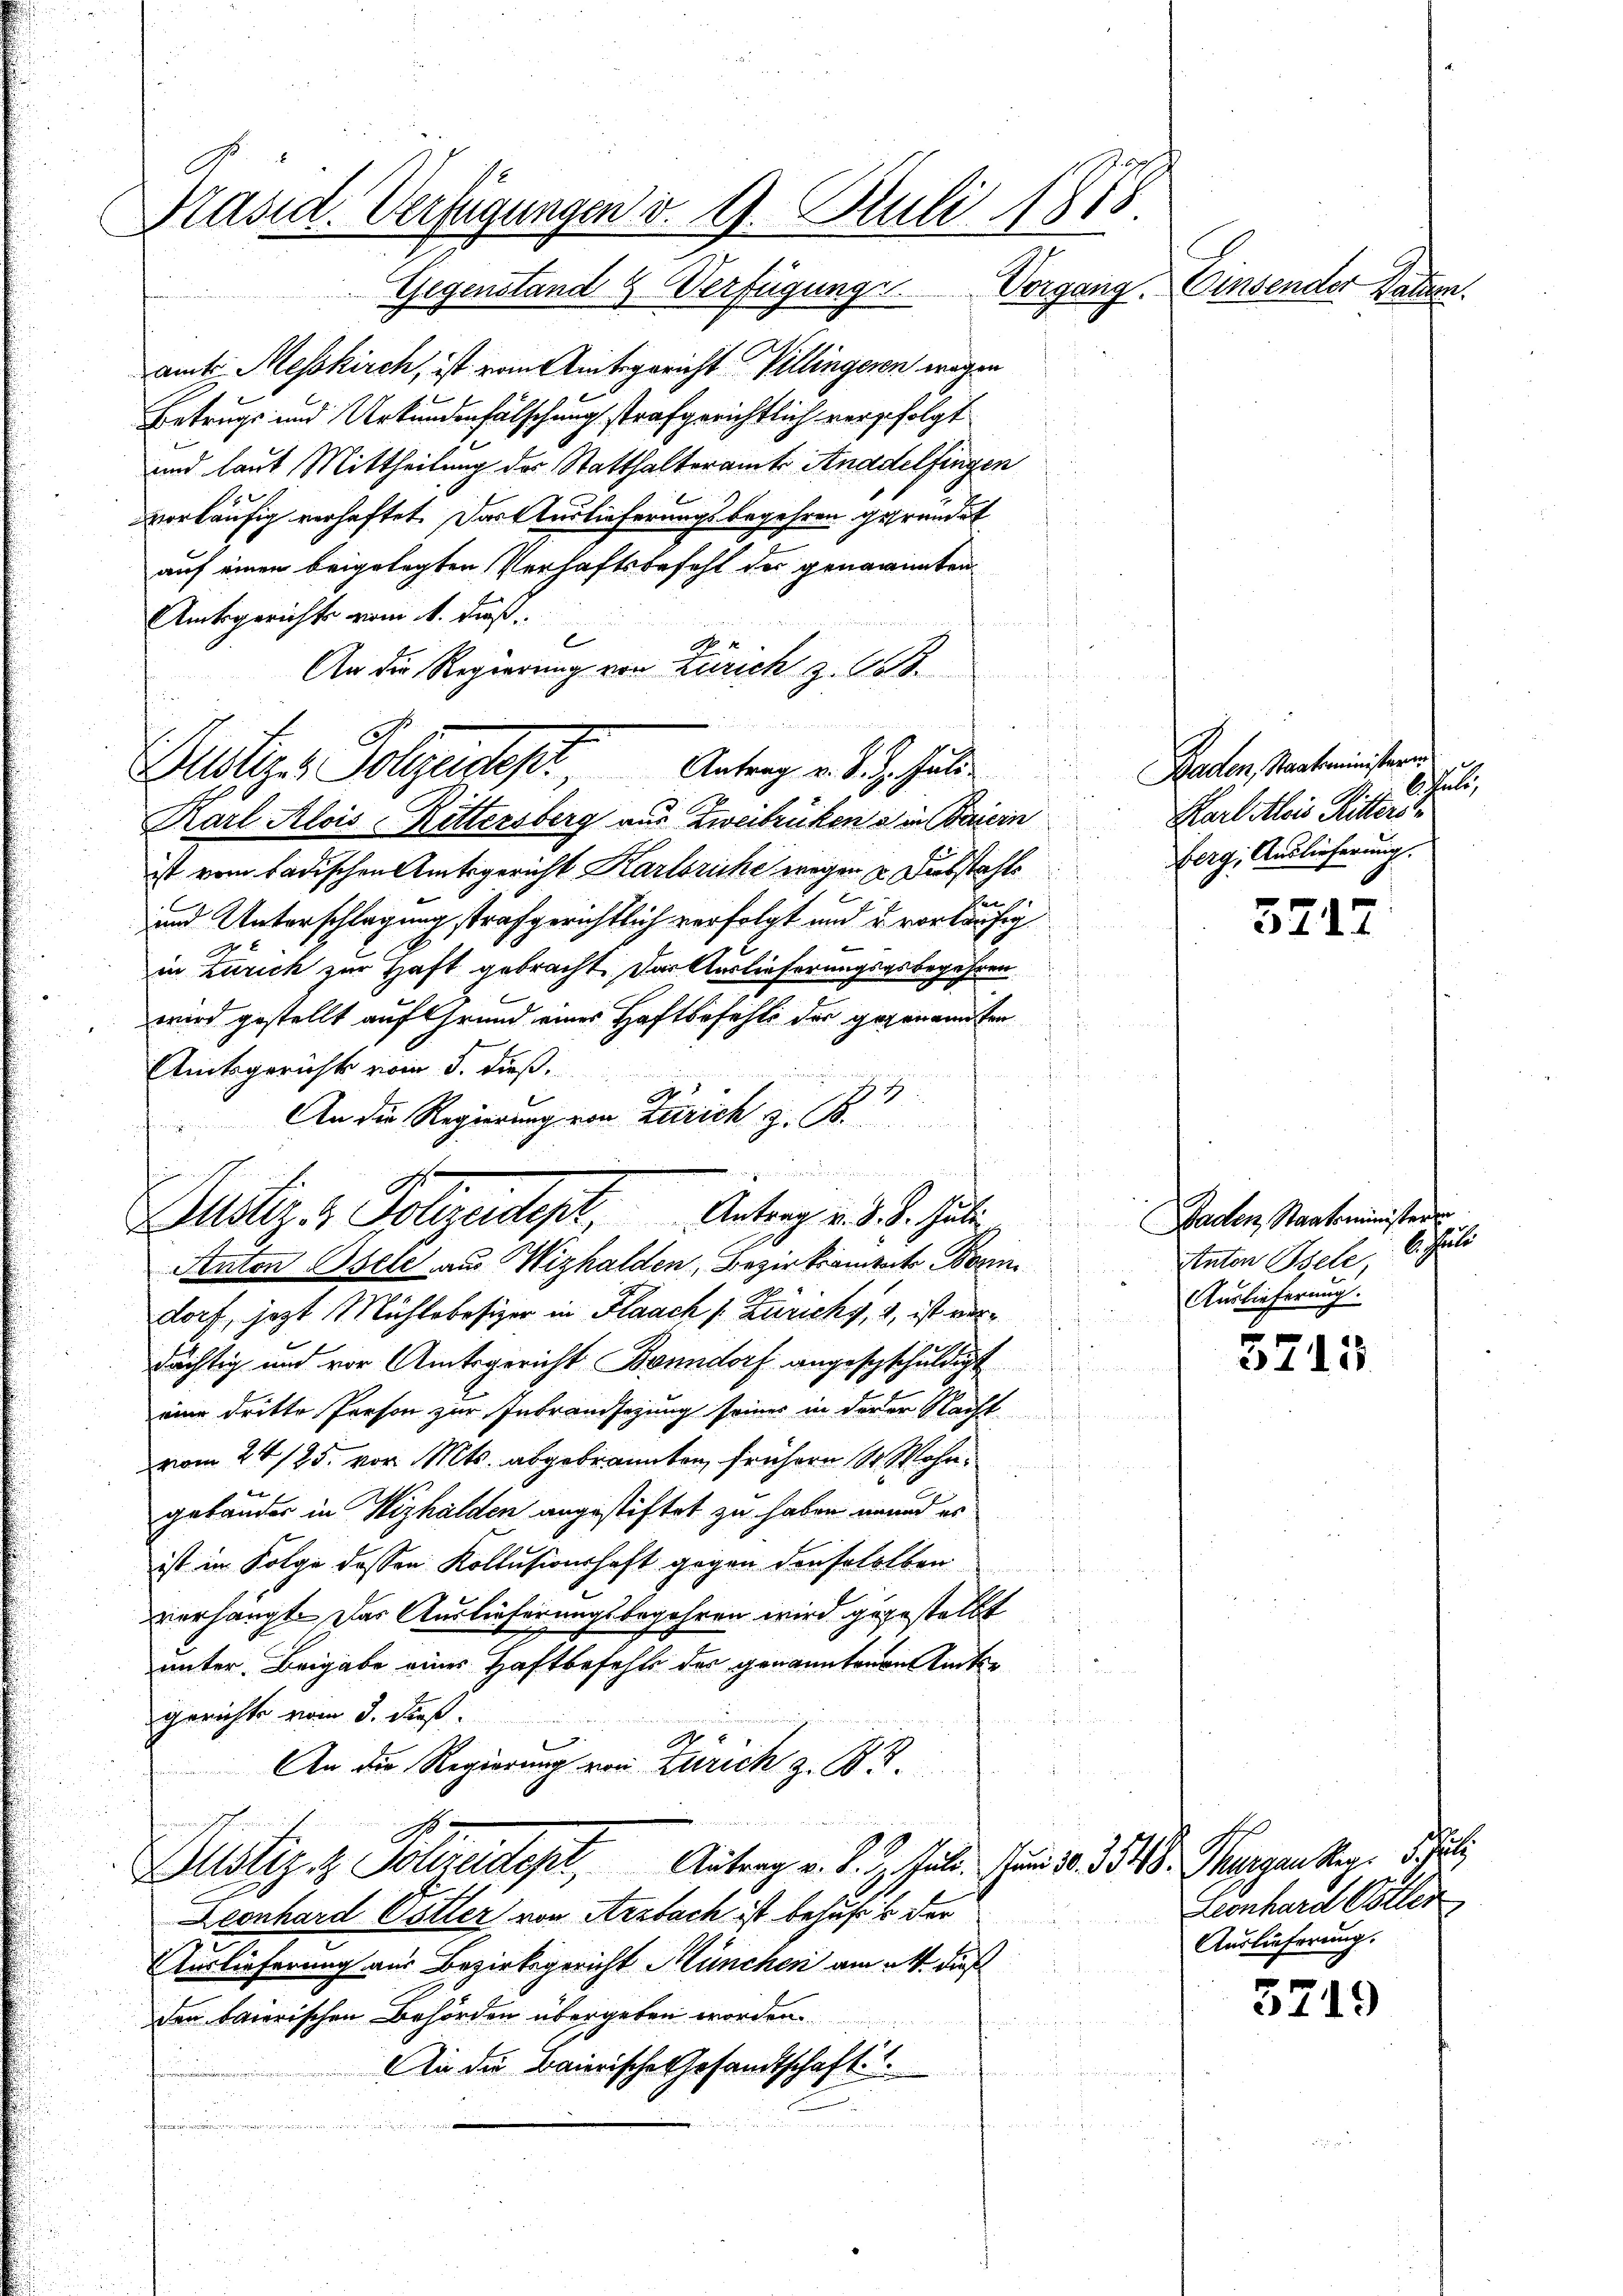
Präsid. Verfügungen v. 9. Juli 1878.

Gegenstand 8. Verfügungs
amt Messkirch, ist von Amtsgericht Villingern wegen
Betrugs und Urkundenfälschung strafgerichtlich verfolgt
und laut Mittheilung des Statthalteramt Anddelfingen
vorläufig verhaftet. Das Auslieferungsbegehren gegründet
auf einen beigelegten Verhaftsbefehl der genannten
Amtsgerichts vom 1. daß
f
E
s
An die Regierung von Zürich z. B.
de
2

Karl Alois Rittersberg aus Zweibrückens in Baiern
ist vom badischen Amtsgericht Karlsriche wegen u. Dubstahle
ten
und Unterschlagung strafgerichtlich verfolgt und u. vorläufig
in Zürich zur Haft gebracht. Das Auslieferungsarbegehren
wird gestellt auf Grund eines Haftbefehls der gegenanten
Amtsgerichts vom 5. dieß.
1
A
An die Regierung von Zürich z. B.
f
Anton Osele aus Wizhalden, Bezirksamtete Born
dorf, jetzt Mühlebesizer in Flaach s. Zürichy, 4, ist vordächtig und vor Amtsgericht Bonndorf angeschschuldigt
eine dritte Person zur Inbrandsezung seiner in derer Nacht
vom 24. 125. vor. Mts. abgebrannten frühern 18. Wohn¬
u
gebander in Wizhalden angestiftet zu haben mund es
ist in Folge dessen Kollusionshaft gegen den sololben
verhängt. Das Auslieferungsbegehren wird gegestellt
unter Beigabe eines Haftbefehls der genanntenen Rücke
gerichte vom 3. dieß.
i
.
An die Regierung von Zürich z. B.
Justiz & Polizeidept, Antrag v. J. Z. Gall. In 10. d. 118. hergen Mag. Juli
Leonhard Götter von Arzbach ist behufs der
Auslieferung aus Bezirksgericht München am M. dieß
den baierischen Behörden übergeben worden.
Ann die Baierische Gesandtschaft:

Hitzer Folgendest. Antrag v. J. hat

Justiz & Polizeiligt, Antrag v. J. J. hät

Vorgang. Einsender Dan

5717

3715

3719

Raden, Staatministern
u
Karl Alois Ritter
Berg, Auslieferung.

Baden Staatsminister
Anton Bele, 6. Juli
Auslieferung.

Leonhard Götter
Auslieferung.